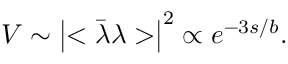
V \sim \left| < \bar { \lambda } \lambda > \right| ^ { 2 } \propto e ^ { - 3 s / b } .